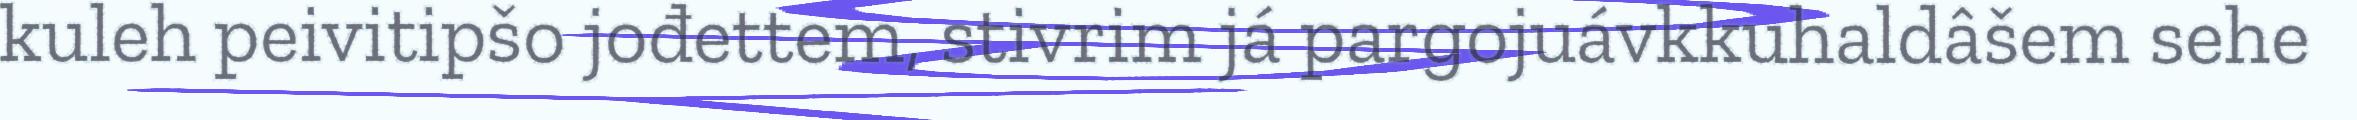
kuleh peivitipšo jođettem, stivrim já pargojuávkkuhaldâšem sehe